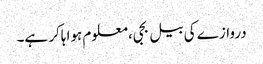
دروازے کی بیل بجی، معلوم ہوا ہاکر ہے۔